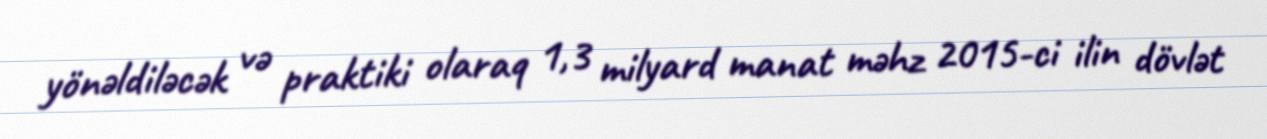
yönəldiləcək və praktiki olaraq 1,3 milyard manat məhz 2015-ci ilin dövlət